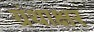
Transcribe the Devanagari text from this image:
ग्रंथाक्षर